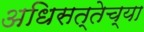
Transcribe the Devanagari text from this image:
अधिसत्तेच्या